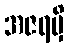
အဇရမှိ